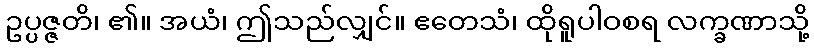
ဥပ္ပဇ္ဇတိ၊ ၏။ အယံ၊ ဤသည်လျှင်။ ဧတေသံ၊ ထိုရူပါဝစရ လက္ခဏာသို့